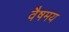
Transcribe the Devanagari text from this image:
वैषमय